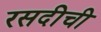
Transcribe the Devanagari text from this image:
रसदीची